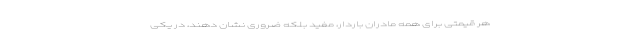
هر قیمتی برای همه مادران باردار، مفید بلکه ضروری نشان دهند، در یکی